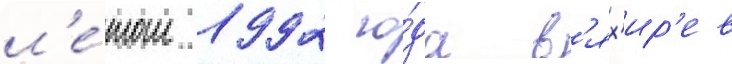
л'е́том 1992 го́да в'ях'ир'ев